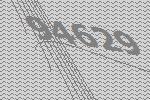
94629